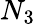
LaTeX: N_{3}